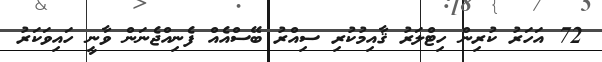
72 އަހަރު ކުރިން ހިޓްލަރު ޤާއިމުކުރި ސިއްރު ބޭސްއެއް ފެނިއްޖެނަން ވާނީ ހައިވަކަރު